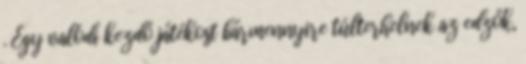
. Egy valódi kezdő játékost bármennyire túlterhelnek az edzők,